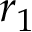
r _ { 1 }